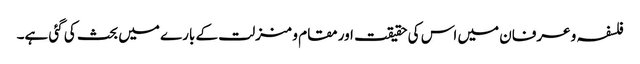
فلسفہ و عرفان میں اس کی حقیقت اور مقام و منزلت کے بارے میں بحث کی گئی ہے۔